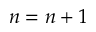
n = n + 1